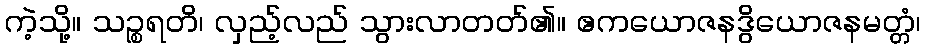
ကဲ့သို့။ သဉ္စရတိ၊ လှည့်လည် သွားလာတတ်၏။ ဧကယောဇနဒွိယောဇနမတ္တံ၊